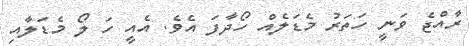
ރާއްޖެ ވަނީ ހަތަރު މެޑަލެއް ހޯދާފަ އެވެ. އެއީ ހަ ލޯ މެޑަލާއި